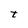
Character: t